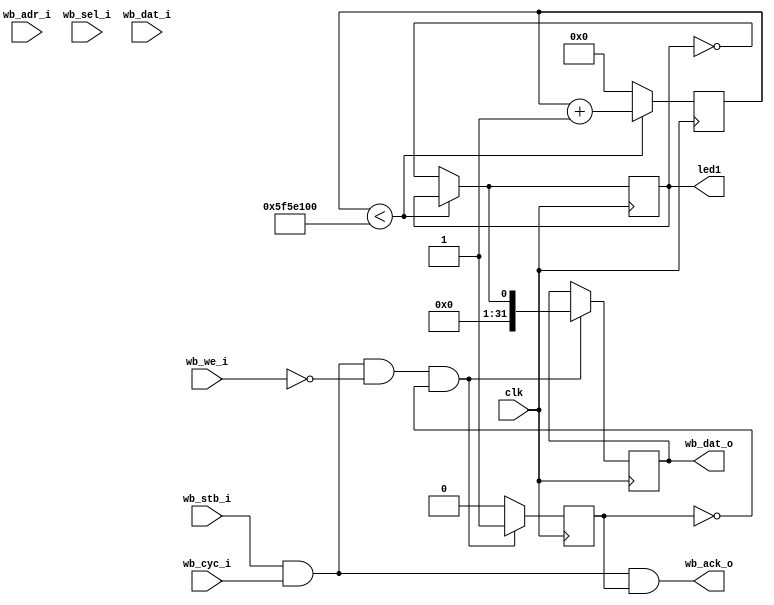
//---------------------------------------------------------------------------
//
// Wishbone Timer
//
// Register Description:
//
//    0x00 TCR0
//    0x04 COMPARE0
//    0x08 COUNTER0
//    0x0C TCR1
//    0x10 COMPARE1
//    0x14 COUNTER1
//
// TCRx:  
//    +-------------------+-------+-------+-------+-------+
//    |     28'b0         |  EN   |  AR   | IRQEN |  TRIG |
//    +-------------------+-------+-------+-------+-------+
//
//   EN i  (rw)   if set to '1', COUNTERX counts upwards until it reaches
//                COMPAREX
//   AR    (rw)   AutoRecwstartload -- if COUNTER reaches COMPAREX, shall we 
//                restart at 1, or disable this counter?
//   IRQEN (rw)   Indicate interrupt condition when triggered?
//   TRIG  (ro)   
//
//---------------------------------------------------------------------------

module wb_b(
	input              clk,
	
	// Wishbone interface
	input              wb_stb_i,
	input              wb_cyc_i,
	output             wb_ack_o,
	input              wb_we_i,
	input       [31:0] wb_adr_i,
	input        [3:0] wb_sel_i,
	input       [31:0] wb_dat_i,
	output reg  [31:0] wb_dat_o,
	//
	
	output reg	led1
);

//---------------------------------------------------------------------------
// 
//---------------------------------------------------------------------------


reg  ack;
assign wb_ack_o = wb_stb_i & wb_cyc_i & ack;

wire wb_rd = wb_stb_i & wb_cyc_i & ~wb_we_i;
wire wb_wr = wb_stb_i & wb_cyc_i &  wb_we_i;
reg [26:0] cont;

/*always@(posedge clk)
begin
    if(cont < 'd100000000)
    cont = cont + 1'b1;
    else 
      begin
      led1 = ~led1;
      cont = 0; 
      end 
end
*/

always @(posedge clk)
begin
	if(cont < 'd100000000)
    cont = cont + 1'b1;
    else 
      begin
      led1 = ~led1;
      cont = 0; 
      end 
		ack    <= 0;

		if (wb_rd & ~ack) begin           // read cycle
			ack <= 1;

			
			wb_dat_o<= led1;
			
				end 
		
	
end


endmodule